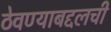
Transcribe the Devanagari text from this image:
ठेवण्याबद्दलची